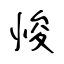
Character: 悛